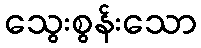
သွေးစွန်းသော